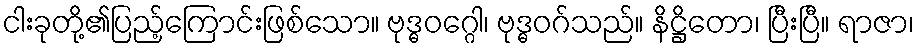
ငါးခုတို့၏ပြည့်ကြောင်းဖြစ်သော။ ဗုဒ္ဓဝဂ္ဂေါ၊ ဗုဒ္ဓဝဂ်သည်။ နိဋ္ဌိတော၊ ပြီးပြီ။ ရာဇာ၊